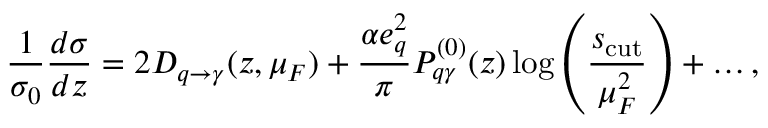
\frac { 1 } { \sigma _ { 0 } } \frac { d \sigma } { d z } = 2 D _ { q \to \gamma } ( z , \mu _ { F } ) + \frac { \alpha e _ { q } ^ { 2 } } { \pi } P _ { q \gamma } ^ { ( 0 ) } ( z ) \log \left( \frac { s _ { \mathrm { c u t } } } { \mu _ { F } ^ { 2 } } \right) + \ldots ,